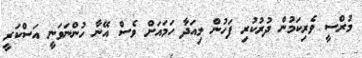
މުރްސީ ވެރިކަމުން ދުރުކުރި ފަހުން މިއަދާ ހަމައަށް ވެސް އޭނާ ހުންނަވަނީ އަސްކަރީ